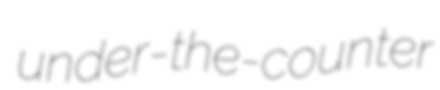
under-the-counter